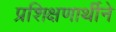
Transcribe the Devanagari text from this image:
प्रशिक्षणार्थीने